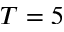
T = 5